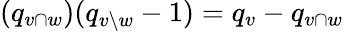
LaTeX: (q_{v\cap w})(q_{v\setminus w}-1)=q_{v}-q_{v\cap w}